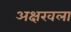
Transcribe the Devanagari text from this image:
अक्षरवला